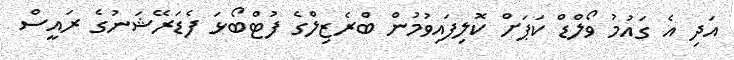
އަދި އެ ގައުމު ވޯލްޑް ކަޕަށް ކޮލިފައިވުމުން ބްރެޒިލްގެ ފުޓްބޯޅަ ފެޑަރޭޝަނުގެ ރައީސް